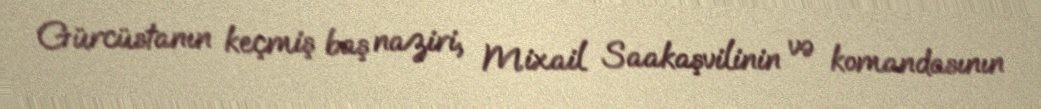
Gürcüstanın keçmiş baş naziri, Mixail Saakaşvilinin və komandasının